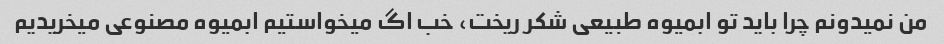
من نمیدونم چرا باید تو ابمیوه طبیعی شکر ریخت، خب اگ میخواستیم ابمیوه مصنوعی میخریدیم